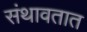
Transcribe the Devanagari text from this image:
संथावतात